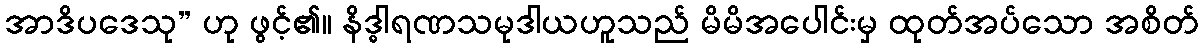
အာဒိပဒေသု” ဟု ဖွင့်၏။ နိဒ္ဓါရဏသမုဒါယဟူသည် မိမိအပေါင်းမှ ထုတ်အပ်သော အစိတ်